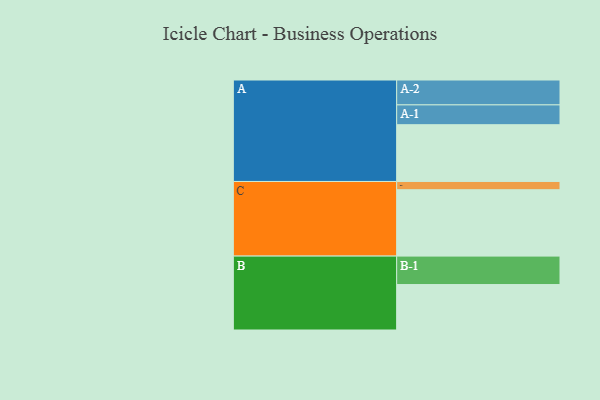
{"axis": {"x": "Segment", "y": "Value"}, "legend": ["", "A", "B", "C"], "data": [{"x": "A", "y": 461, "type": ""}, {"x": "B", "y": 369, "type": ""}, {"x": "C", "y": 539, "type": ""}, {"x": "A-1", "y": 161, "type": "A"}, {"x": "A-2", "y": 202, "type": "A"}, {"x": "B-1", "y": 231, "type": "B"}, {"x": "C-1", "y": 67, "type": "C"}]}